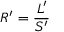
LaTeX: R ^ { \prime } = { \frac { L ^ { \prime } } { S ^ { \prime } } }